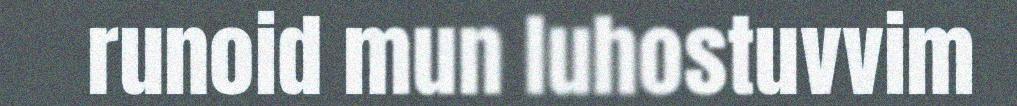
runoid mun luhostuvvim